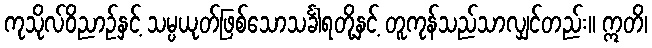
ကုသိုလ်ဝိညာဉ်နှင့် သမ္ပယုတ်ဖြစ်သောသင်္ခါရတို့နှင့် တူကုန်သည်သာလျှင်တည်း။ ဣတိ၊